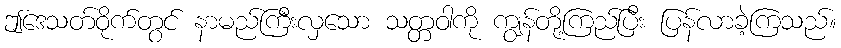
ဤဒေသတ်ဝိုက်တွင် နာမည်ကြီးလှသော သတ္တဝါကို ကျွန်တို့ကြည်ပြီး ပြန်လာခဲ့ကြသည်။